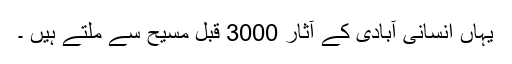
یہاں انسانی آبادی کے آثار 3000 قبل مسیح سے ملتے ہیں ۔